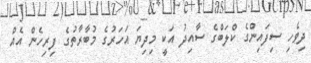
ދިވެހި ސިފައިންގެ ކްލަބްގެ ސާއިދު އަކީ މިދިޔަ އަހަރުގެ މުބާރާތުގެ ފިރިހެން އެއް